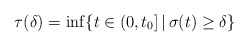
\begin{align*} \tau (\delta) = \inf \{ t\in (0,t_0] \,|\, \sigma(t) \geq \delta \}\end{align*}